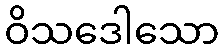
ဝိသဒေါသော